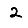
Digit: 2